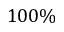
1 0 0 \%